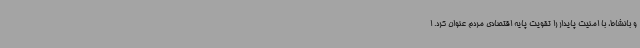
و بانشاط، با امنیت پایدار را تقویت پایه اقتصادی مردم عنوان کرد. ا